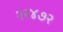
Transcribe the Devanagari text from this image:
२२४७२